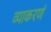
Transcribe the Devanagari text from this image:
व्याकरणं